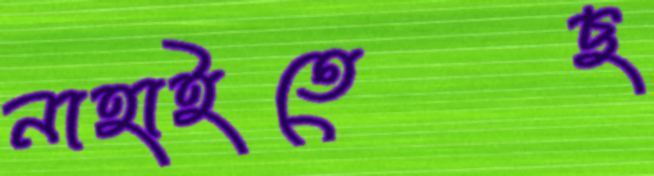
নাহাইতেছ